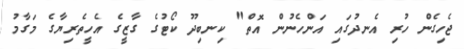
ޖެހިގެން ހުރި އެނދުގައި އަންހެނުން އޮތް" ކިނބިދޫ ކޯޓުގެ ގާޒީގެ އެހީތެރިޔާގެ މަގާމު